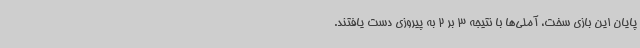
پایان این بازی سخت، آملی‌ها با نتیجه 3 بر 2 به پیروزی دست یافتند.